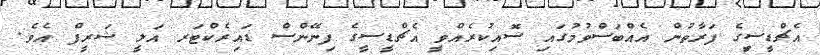
އެޗްޑީސިީގެ ފަރާތުން އެއްބަސްވުމުގައި ސޮއިކުރެއްވީ އެޗްޑީސީގެ ފިނޭންސް ޑައިރެކްޓަރ އަލީ ޝަރީފް އެވެ.